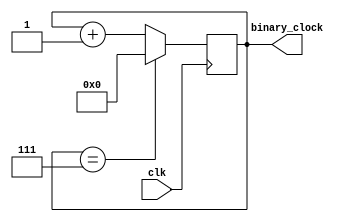
module binary_clock_divider (
    input wire clk,
    output reg [3:0] binary_clock
);

reg [3:0] counter;
parameter DIV_VALUE = 8;

always @(posedge clk) begin
    if (counter == DIV_VALUE - 1) begin
        counter <= 0;
    end else begin
        counter <= counter + 1;
    end
end

assign binary_clock = counter;

endmodule